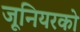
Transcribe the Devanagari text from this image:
जूनियरको